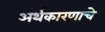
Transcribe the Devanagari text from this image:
अर्थकारणाचे